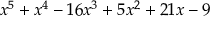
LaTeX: x ^ { 5 } + x ^ { 4 } - 1 6 x ^ { 3 } + 5 x ^ { 2 } + 2 1 x - 9